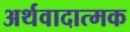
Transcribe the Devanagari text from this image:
अर्थवादात्मक